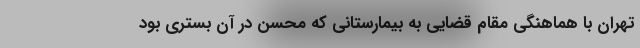
تهران با هماهنگی مقام قضایی به بیمارستانی که محسن در آن بستری بود